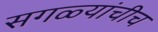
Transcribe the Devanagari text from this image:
सगळ्यांचीच